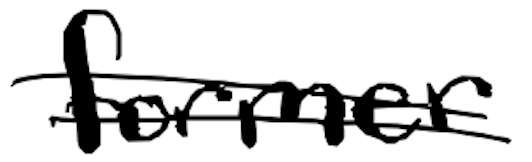
Text: former
Cross-out: double-line
Writing tool: digital_black